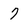
Character: 7